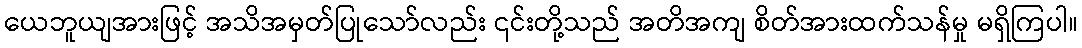
ယေဘူယျအားဖြင့် အသိအမှတ်ပြုသော်လည်း ၎င်းတို့သည် အတိအကျ စိတ်အားထက်သန်မှု မရှိကြပါ။